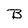
Character: B